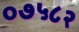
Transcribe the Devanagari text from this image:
०७५८२